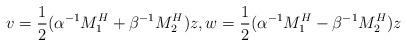
LaTeX: \begin{align*}v=\frac12(\alpha^{-1}M_1^H+\beta^{-1}M_2^H)z,w=\frac12(\alpha^{-1}M_1^H-\beta^{-1}M_2^H)z\end{align*}